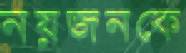
নয়জনকে